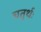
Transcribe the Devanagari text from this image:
चतुर्थः